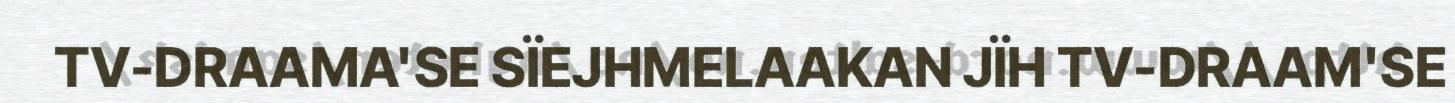
TV-DRAAMA'SE SÏEJHMELAAKAN JÏH TV-DRAAM'SE